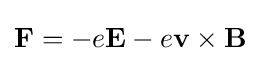
\mathbf {F} =-e\mathbf {E} -e\mathbf {v} \times \mathbf {B}